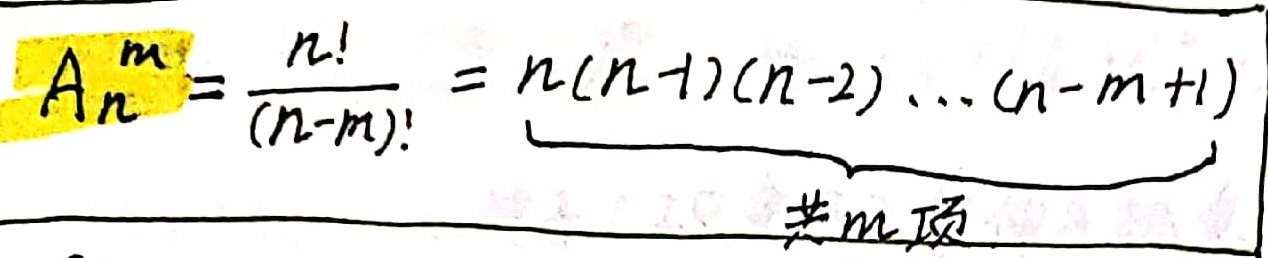
\[A_{n}^{m}=\frac{n!}{(n - m)!}=n(n - 1)(n - 2)\cdots(n - m + 1)\]
（共\(m\)项）